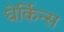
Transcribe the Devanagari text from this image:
घेर्किन्स